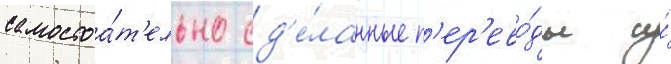
самостоа́т'ельно сд'е́ланные п'ер'ево́ды и́